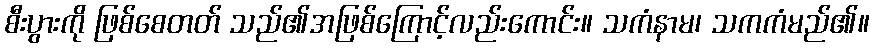
စီးပွားကို ဖြစ်စေတတ် သည်၏အဖြစ်ကြောင့်လည်းကောင်း။ သကံနာမ၊ သကကံမည်၏။